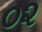
૦૨